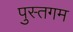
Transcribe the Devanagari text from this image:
पुस्तगम